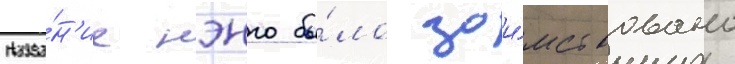
Назва́н'ие нэнго бы́ло заи́мствовано